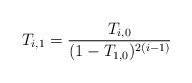
\begin{align*}T_{i,1}=\frac{T_{i,0}}{(1-T_{1,0})^{2(i-1)}}\end{align*}